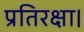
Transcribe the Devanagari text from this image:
प्रतिरक्षा।